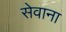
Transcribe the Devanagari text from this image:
सेवाना